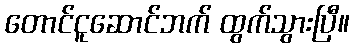
တောင်ငူဆောင်ဘက် ထွက်သွားပြီ။